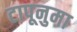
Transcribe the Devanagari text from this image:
टापूनुमा